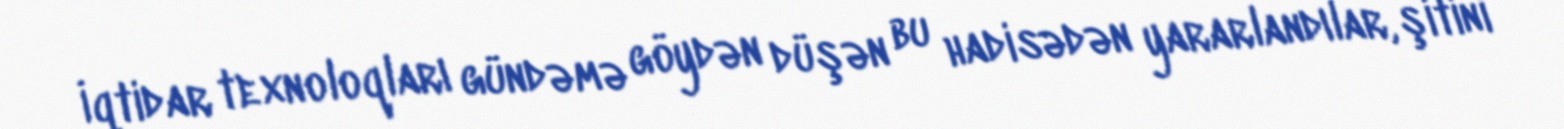
İqtidar texnoloqları gündəmə göydən düşən bu hadisədən yararlandılar, şitini